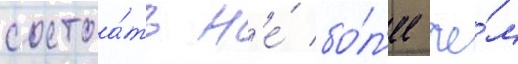
состоа́ть н'е́ бо́л'ее че́м